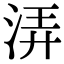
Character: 㳥